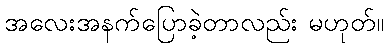
အလေးအနက်ပြောခဲ့တာလည်း မဟုတ်။